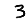
Digit: 3